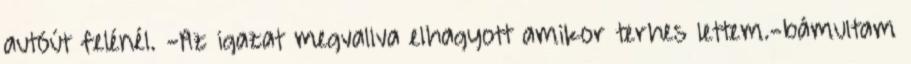
autóút felénél. -Az igazat megvallva elhagyott amikor terhes lettem.-bámultam